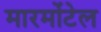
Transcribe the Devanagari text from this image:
मारमोंटेल